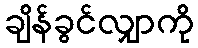
ချိန်ခွင်လျှာကို